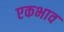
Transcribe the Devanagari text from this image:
एकभाव